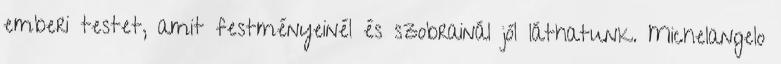
emberi testet, amit festményeinél és szobrainál jól láthatunk. Michelangelo